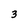
Character: 3